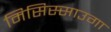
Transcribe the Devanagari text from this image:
मिसिस्साउगा